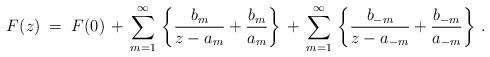
LaTeX: \begin{align*}F (z) \; = \; F (0) \, + \, \sum_{m=1}^{\infty} \,\left\{ \frac{b_m}{z - a_m} + \frac{b_m}{a_m} \right\} \, + \,\sum_{m=1}^{\infty} \,\left\{ \frac{b_{-m}}{z - a_{-m}} + \frac{b_{-m}}{a_{-m}} \right\} \, .\end{align*}